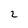
Character: 2